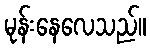
မုန်းနေလေသည်။